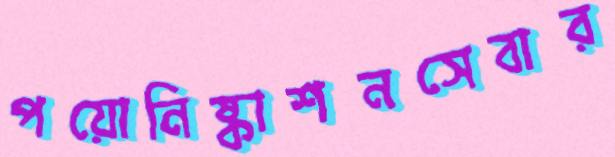
পয়োনিষ্কাশনসেবার